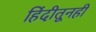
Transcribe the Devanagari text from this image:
हिंदीतूनही